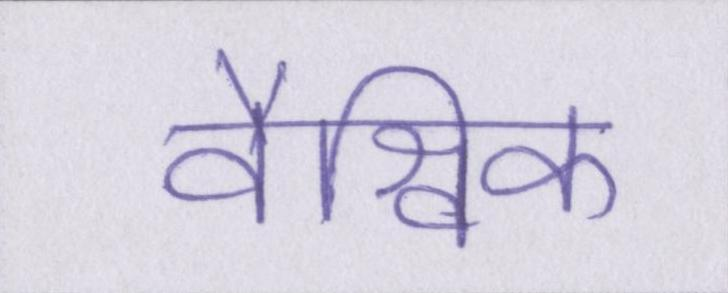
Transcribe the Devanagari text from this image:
वैश्विक